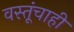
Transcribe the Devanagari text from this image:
वस्तूंचाही